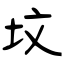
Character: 坟